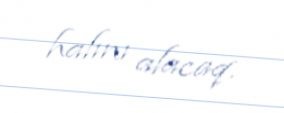
halını alacaq.